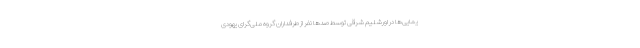
یمایی‌ها در اورشلیم شرقی توسط صدها نفر از طرفداران گروه ملی‌گرای یهودی